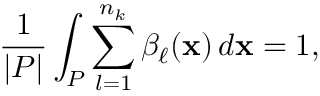
\frac { 1 } { | P | } \int _ { P } \sum _ { l = 1 } ^ { n _ { k } } \beta _ { \ell } ( \mathbf { x } ) \, d \mathbf { x } = 1 ,